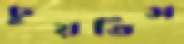
চুয়তিস